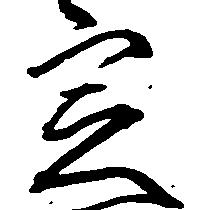
定